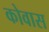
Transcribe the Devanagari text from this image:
कोवास